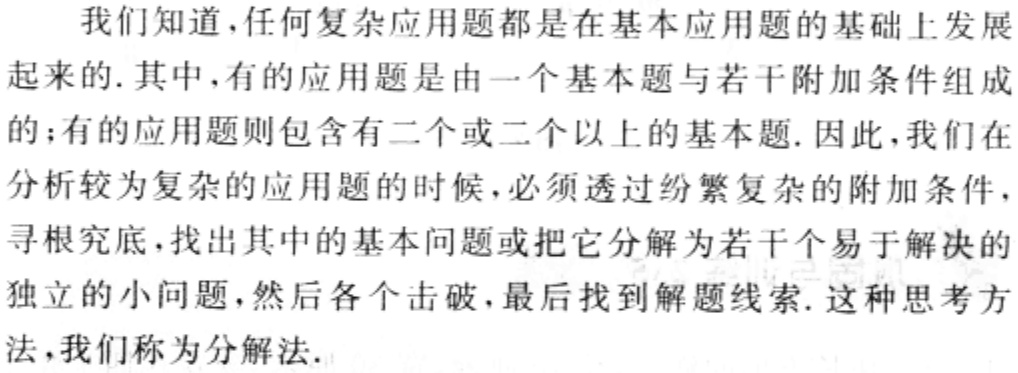
我们知道，任何复杂应用题都是在基本应用题的基础上发展起来的. 其中，有的应用题是由一个基本题与若干附加条件组成的；有的应用题则包含有二个或二个以上的基本题. 因此，我们在分析较为复杂的应用题的时候，必须透过纷繁复杂的附加条件，寻根究底，找出其中的基本问题或把它分解为若干个易于解决的独立的小问题，然后各个击破，最后找到解题线索. 这种思考方法，我们称为分解法.